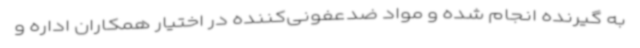
به گیرنده انجام شده و مواد ضدعفونی‌کننده در اختیار همکاران اداره و